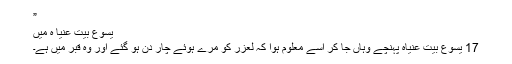
”
یسوع بیت عنیا ہ میں
17 یسوع بیت عنیاہ پہنچے وہاں جا کر اسے معلوم ہوا کہ لعزر کو مرے ہوئے چار دن ہو گئے اور وہ قبر میں ہے۔